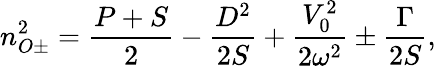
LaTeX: n_{O\pm}^{2}=\frac{P+S}{2}-\frac{D^{2}}{2S}+\frac{V_{0}^{2}}{2\omega^{2}}\pm\frac{\Gamma}{2S},